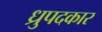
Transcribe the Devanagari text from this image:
ध्रुपदकार